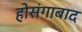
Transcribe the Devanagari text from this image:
होसंगाबाद